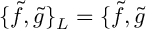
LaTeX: \{ \widetilde { f } , \widetilde { g } \} _ { L } = \{ \widetilde { f } , \widetilde { g }